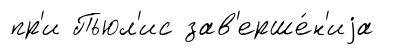
пр'и Пьюл'ис зав'ерше́н'иjа